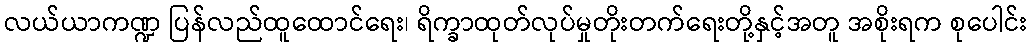
လယ်ယာကဏ္ဍ ပြန်လည်ထူထောင်ရေး၊ ရိက္ခာထုတ်လုပ်မှုတိုးတက်ရေးတို့နှင့်အတူ အစိုးရက စုပေါင်း